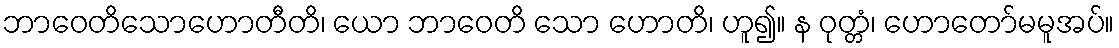
ဘာဝေတိသောဟောတီတိ၊ ယော ဘာဝေတိ သော ဟောတိ၊ ဟူ၍။ န ဝုတ္တံ၊ ဟောတော်မမူအပ်။